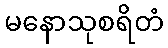
မနောသုစရိတံ